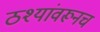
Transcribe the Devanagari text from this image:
ठश्यांवरूनच